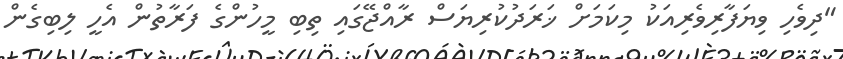
"ދިވެހި ވިޔަފާރިވެރިއަކު މިކަމަށް ޚަރަދުކުރިޔަސް ރާއްޖޭގައި ތިބި މީހުންގެ ފަރާތުން އެހީ ލިބިގެން